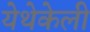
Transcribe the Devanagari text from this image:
येथेकेली